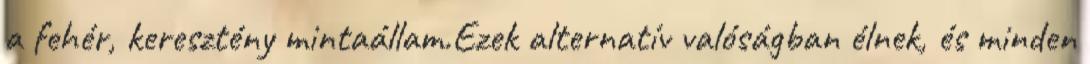
a fehér, keresztény mintaállam.Ezek alternatív valóságban élnek, és minden